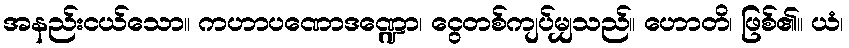
အနည်းငယ်သော။ ကဟာပဏောဒဏ္ဍော၊ ငွေတစ်ကျပ်မျှသည်။ ဟောတိ၊ ဖြစ်၏။ ယံ၊